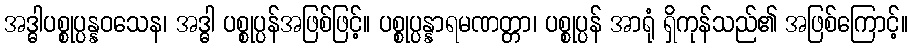
အဒ္ဓါပစ္စုပ္ပန္နဝသေန၊ အဒ္ဓါ ပစ္စုပ္ပန်အဖြစ်ဖြင့်။ ပစ္စုပ္ပန္နာရမဏတ္တာ၊ ပစ္စုပ္ပန် အာရုံ ရှိကုန်သည်၏ အဖြစ်ကြောင့်။